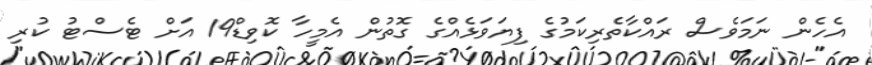
އެހެން ނަމަވެސް ރައްކާތެރިކަމުގެ ފިޔަވަޅެއްގެ ގޮތުން އެމީހާ ކޮވިޑް19 އަށް ޓެސްޓު ކުރި